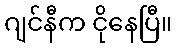
ဂျင်နီက ငိုနေပြီ။